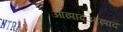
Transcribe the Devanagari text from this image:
आझादआझाद